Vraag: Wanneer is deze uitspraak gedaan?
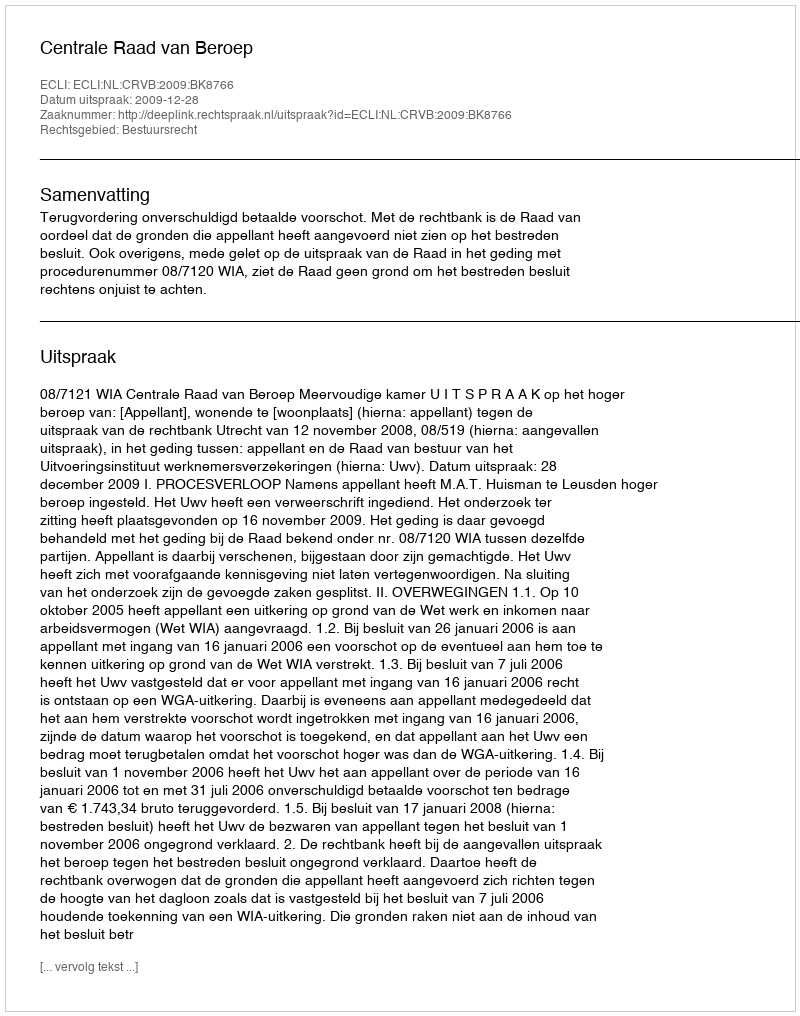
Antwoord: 2009-12-28